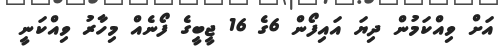
އަށް ވިއްކަމުން ދިޔަ އައިފޯން 6ގެ 16 ޖީބީގެ ފޯނެއް މިހާރު ވިއްކަނީ